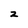
Character: z